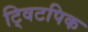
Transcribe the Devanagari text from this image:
ट्विटपिक